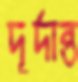
দূর্দান্ত